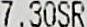
7.30SR